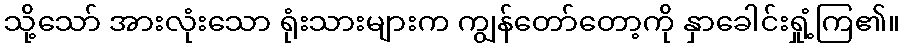
သို့သော် အားလုံးသော ရုံးသားများက ကျွန်တော်တော့ကို နှာခေါင်းရှုံ့ကြ၏။